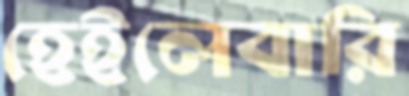
হেইলেবারি